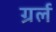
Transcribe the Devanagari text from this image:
ग्रर्ल